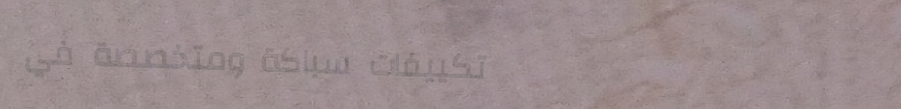
تكييفات سباكة ومتخصصة في